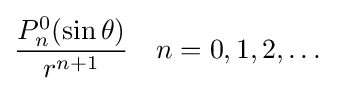
{\frac {P_{n}^{0}(\sin \theta )}{r^{n+1}}}\quad n=0,1,2,\dots